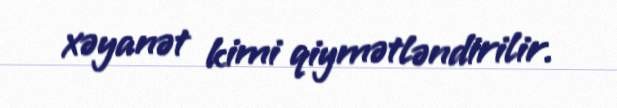
xəyanət kimi qiymətləndirilir.